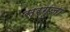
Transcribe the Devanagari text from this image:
सरगूजा